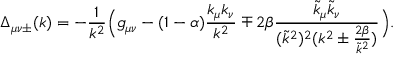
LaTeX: \Delta _ { \mu \nu \pm } ( k ) = - \frac 1 { k ^ { 2 } } \Big ( g _ { \mu \nu } - ( 1 - \alpha ) \frac { k _ { \mu } k _ { \nu } } { k ^ { 2 } } \mp 2 \beta \frac { \tilde { k } _ { \mu } \tilde { k } _ { \nu } } { ( \tilde { k } ^ { 2 } ) ^ { 2 } ( k ^ { 2 } \pm \frac { 2 \beta } { \tilde { k } ^ { 2 } } ) } \Big ) .